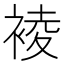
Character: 裬